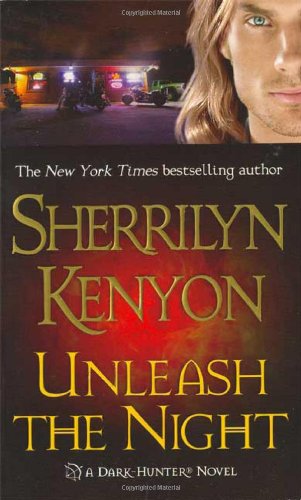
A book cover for Unleash the Night (Dark-Hunter, Book 9); Sherrilyn Kenyon; Romance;